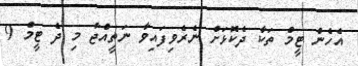
އެހެން ޓީމް ތަކާ ދެކޮޅަށް ނެރެވިފައިވާ ނަތީއްޖާ މި ދެ ޓީމް 9